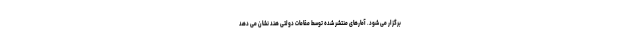
برگزار می شود. آمارهای منتشر شده توسط مقامات دولتی هند نشان می دهد